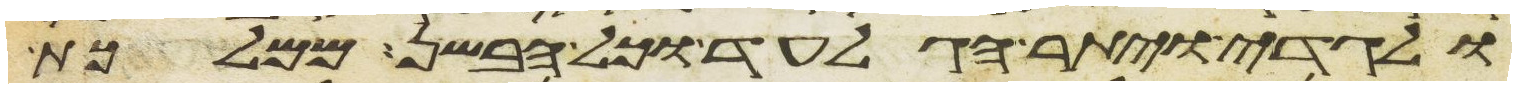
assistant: ולגדי ויתר הגלעד וכל הבשן ממלכת